Report on sanitation, dispensaries, and jails in Rajputana for 1918, and on vaccination for the year 1918-1919 - 1918-1919
Year: 1918
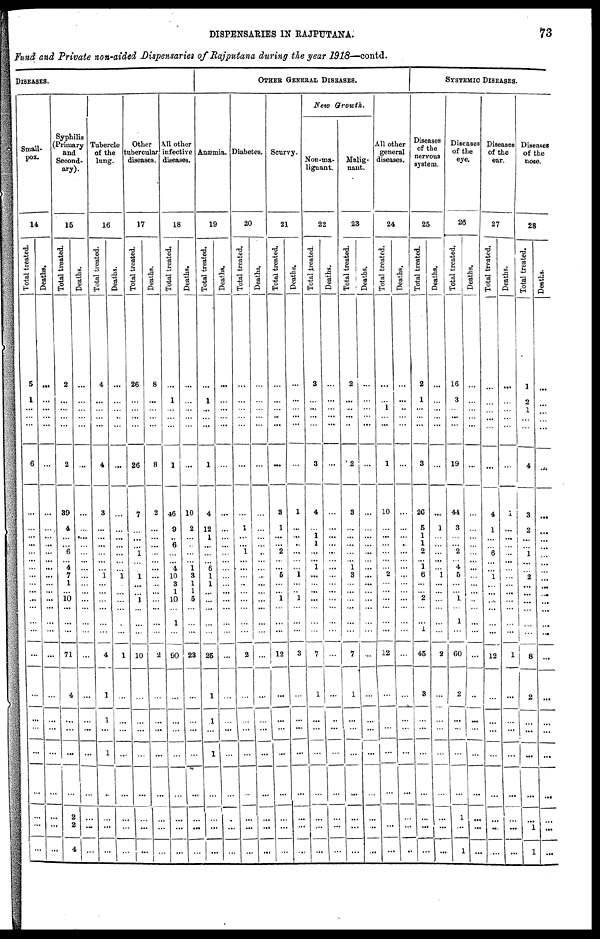
DISPENSARIES IN RAJPUTANA.
73
Fund and Private non-aided Dispensaries of Rajputana during the year 1918—contd.
DISEASES.
Small-
pox.
14
Total treated.
5
1
...
...
...
6
...
...
...
...
...
... ...
...
...
...
...
...
...
...
...
...
...
...
...
...
...
...
...
Deaths.
...
...
...
...
...
...
...
...
...
...
...
... ...
...
...
...
...
...
...
...
...
...
...
...
...
...
...
...
...
Syphilis
(Primary
and
Second-
ary).
15
Total treated.
2
...
...
...
...
2
39
4
...
...
6
... 4
7
1
...
10
...
...
...
71
4
...
...
...
...
2
2
4
Deaths.
...
...
...
...
...
...
...
...
...
...
...
... ...
...
...
...
...
...
...
...
...
...
...
...
...
...
...
...
...
Tubercle
of the
lung.
16
Total treated.
4
...
...
...
...
4
3
...
...
...
...
... ...
1
...
...
...
...
...
...
4
1
1
...
1
...
...
...
...
Deaths.
...
...
...
...
...
...
...
...
...
...
...
... ...
1
...
...
...
...
...
...
1
...
...
...
...
...
...
...
...
Other
tubercular
diseases.
17
Total treated.
26
...
...
...
...
26
7
...
...
...
1
... ...
1
...
...
1
...
...
...
10
...
...
...
...
...
...
...
...
Deaths.
8
...
...
...
...
8
2
...
...
...
...
... ...
...
...
...
...
...
...
...
2
...
...
...
...
...
...
...
...
All other
infective
diseases.
18
Total treated.
...
1
...
...
...
1
46
9
...
6
...
... 4
10
3
1
10
...
1
...
90
...
...
...
...
...
...
...
...
Deaths.
...
...
...
...
...
...
10
2
...
...
...
... 1
3
1
1
5
...
...
...
23
...
...
...
...
...
...
...
...
OTHER GENERAL DISEASES.
Anæmia.
19
Total treated.
...
1
...
...
...
1
4
12
1
...
...
... 6
1
1
...
...
...
...
...
25
1
1
...
1
...
...
...
...
Deaths.
...
...
...
...
...
...
...
...
...
...
...
... ...
...
...
...
...
...
...
...
...
...
...
...
...
...
...
...
...
Diabetes.
20
Total treated.
...
...
...
...
...
...
...
1
...
...
1
... ...
...
...
...
...
...
...
...
2
...
...
...
...
...
...
...
...
Deaths.
...
...
...
...
...
...
...
...
...
...
...
... ...
...
...
...
...
...
...
...
...
...
...
...
...
...
...
...
...
Scurvy.
21
Total treated.
...
...
...
...
...
...
3
1
...
...
2
... ...
5
...
...
1
...
...
...
12
...
...
...
...
...
...
...
...
Deaths.
...
...
...
...
...
...
1
...
...
...
...
... ... 1
...
...
1
...
...
...
3
...
...
...
...
...
...
...
...
New Growth.
Non-ma-
lignant.
22
Total treated.
3
...
...
...
...
3
4
...
1
1
...
... 1
...
...
...
...
...
...
...
7
1
...
...
...
...
...
...
...
Deaths.
...
...
...
...
...
...
...
...
...
...
...
... ...
...
...
...
...
...
...
...
...
...
...
...
...
...
...
...
...
Malig-
nant.
23
Total treated.
2
...
...
...
...
2
3
...
...
...
...
... 1
3
...
...
...
...
...
...
7
1
...
...
...
...
...
...
...
Deaths.
...
...
...
...
...
...
...
...
...
...
...
... ...
...
...
...
...
...
...
...
...
...
...
...
...
...
...
...
...
All other
general
diseases.
24
Total treated.
...
...
1
...
...
1
10
...
...
...
...
... ... 2
...
...
...
...
...
...
12
...
...
...
...
...
...
...
...
Deaths.
...
...
...
...
...
...
...
...
...
...
...
... ...
...
...
...
...
...
...
...
...
...
...
...
...
...
...
...
...
SYSTEMIC DISEASES.
Diseases
of the
nervous
system.
25
Total treated.
2
1
...
...
...
3
26
5
1
1
2
... 1
6
...
...
2
...
...
1
45
3
...
...
...
...
...
...
...
Deaths.
...
...
...
...
...
...
...
1
...
...
...
... ...
1
...
...
...
...
...
...
2
...
...
...
...
...
...
...
...
Diseases
of the
eye.
26
Total treated.
16
3
...
...
...
19
44
3
...
...
2
... 4
5
...
...
1
...
1
...
60
2
...
...
...
...
1
...
1
Deaths.
...
...
...
...
...
...
...
...
...
...
...
... ...
...
...
...
...
...
...
...
...
...
...
...
...
...
...
...
...
Diseases
of the
ear.
27
Total treated.
...
...
...
...
...
...
4
1
...
...
6
... ...
1
...
...
...
...
...
...
12
...
...
...
...
...
...
...
...
Deaths.
...
...
...
...
...
...
1
...
...
...
...
... ...
...
...
...
...
...
...
...
1
...
...
...
...
...
...
...
...
Diseases
of the
nose.
28
Total treated.
1
2
1
...
...
4
3
2
...
...
1
... ...
2
...
...
...
...
...
...
8
2
...
...
...
...
...
1
1
Deaths.
...
...
...
...
...
...
...
...
...
...
...
... ...
...
...
... ...
...
...
...
...
...
...
...
...
...
...
...
...